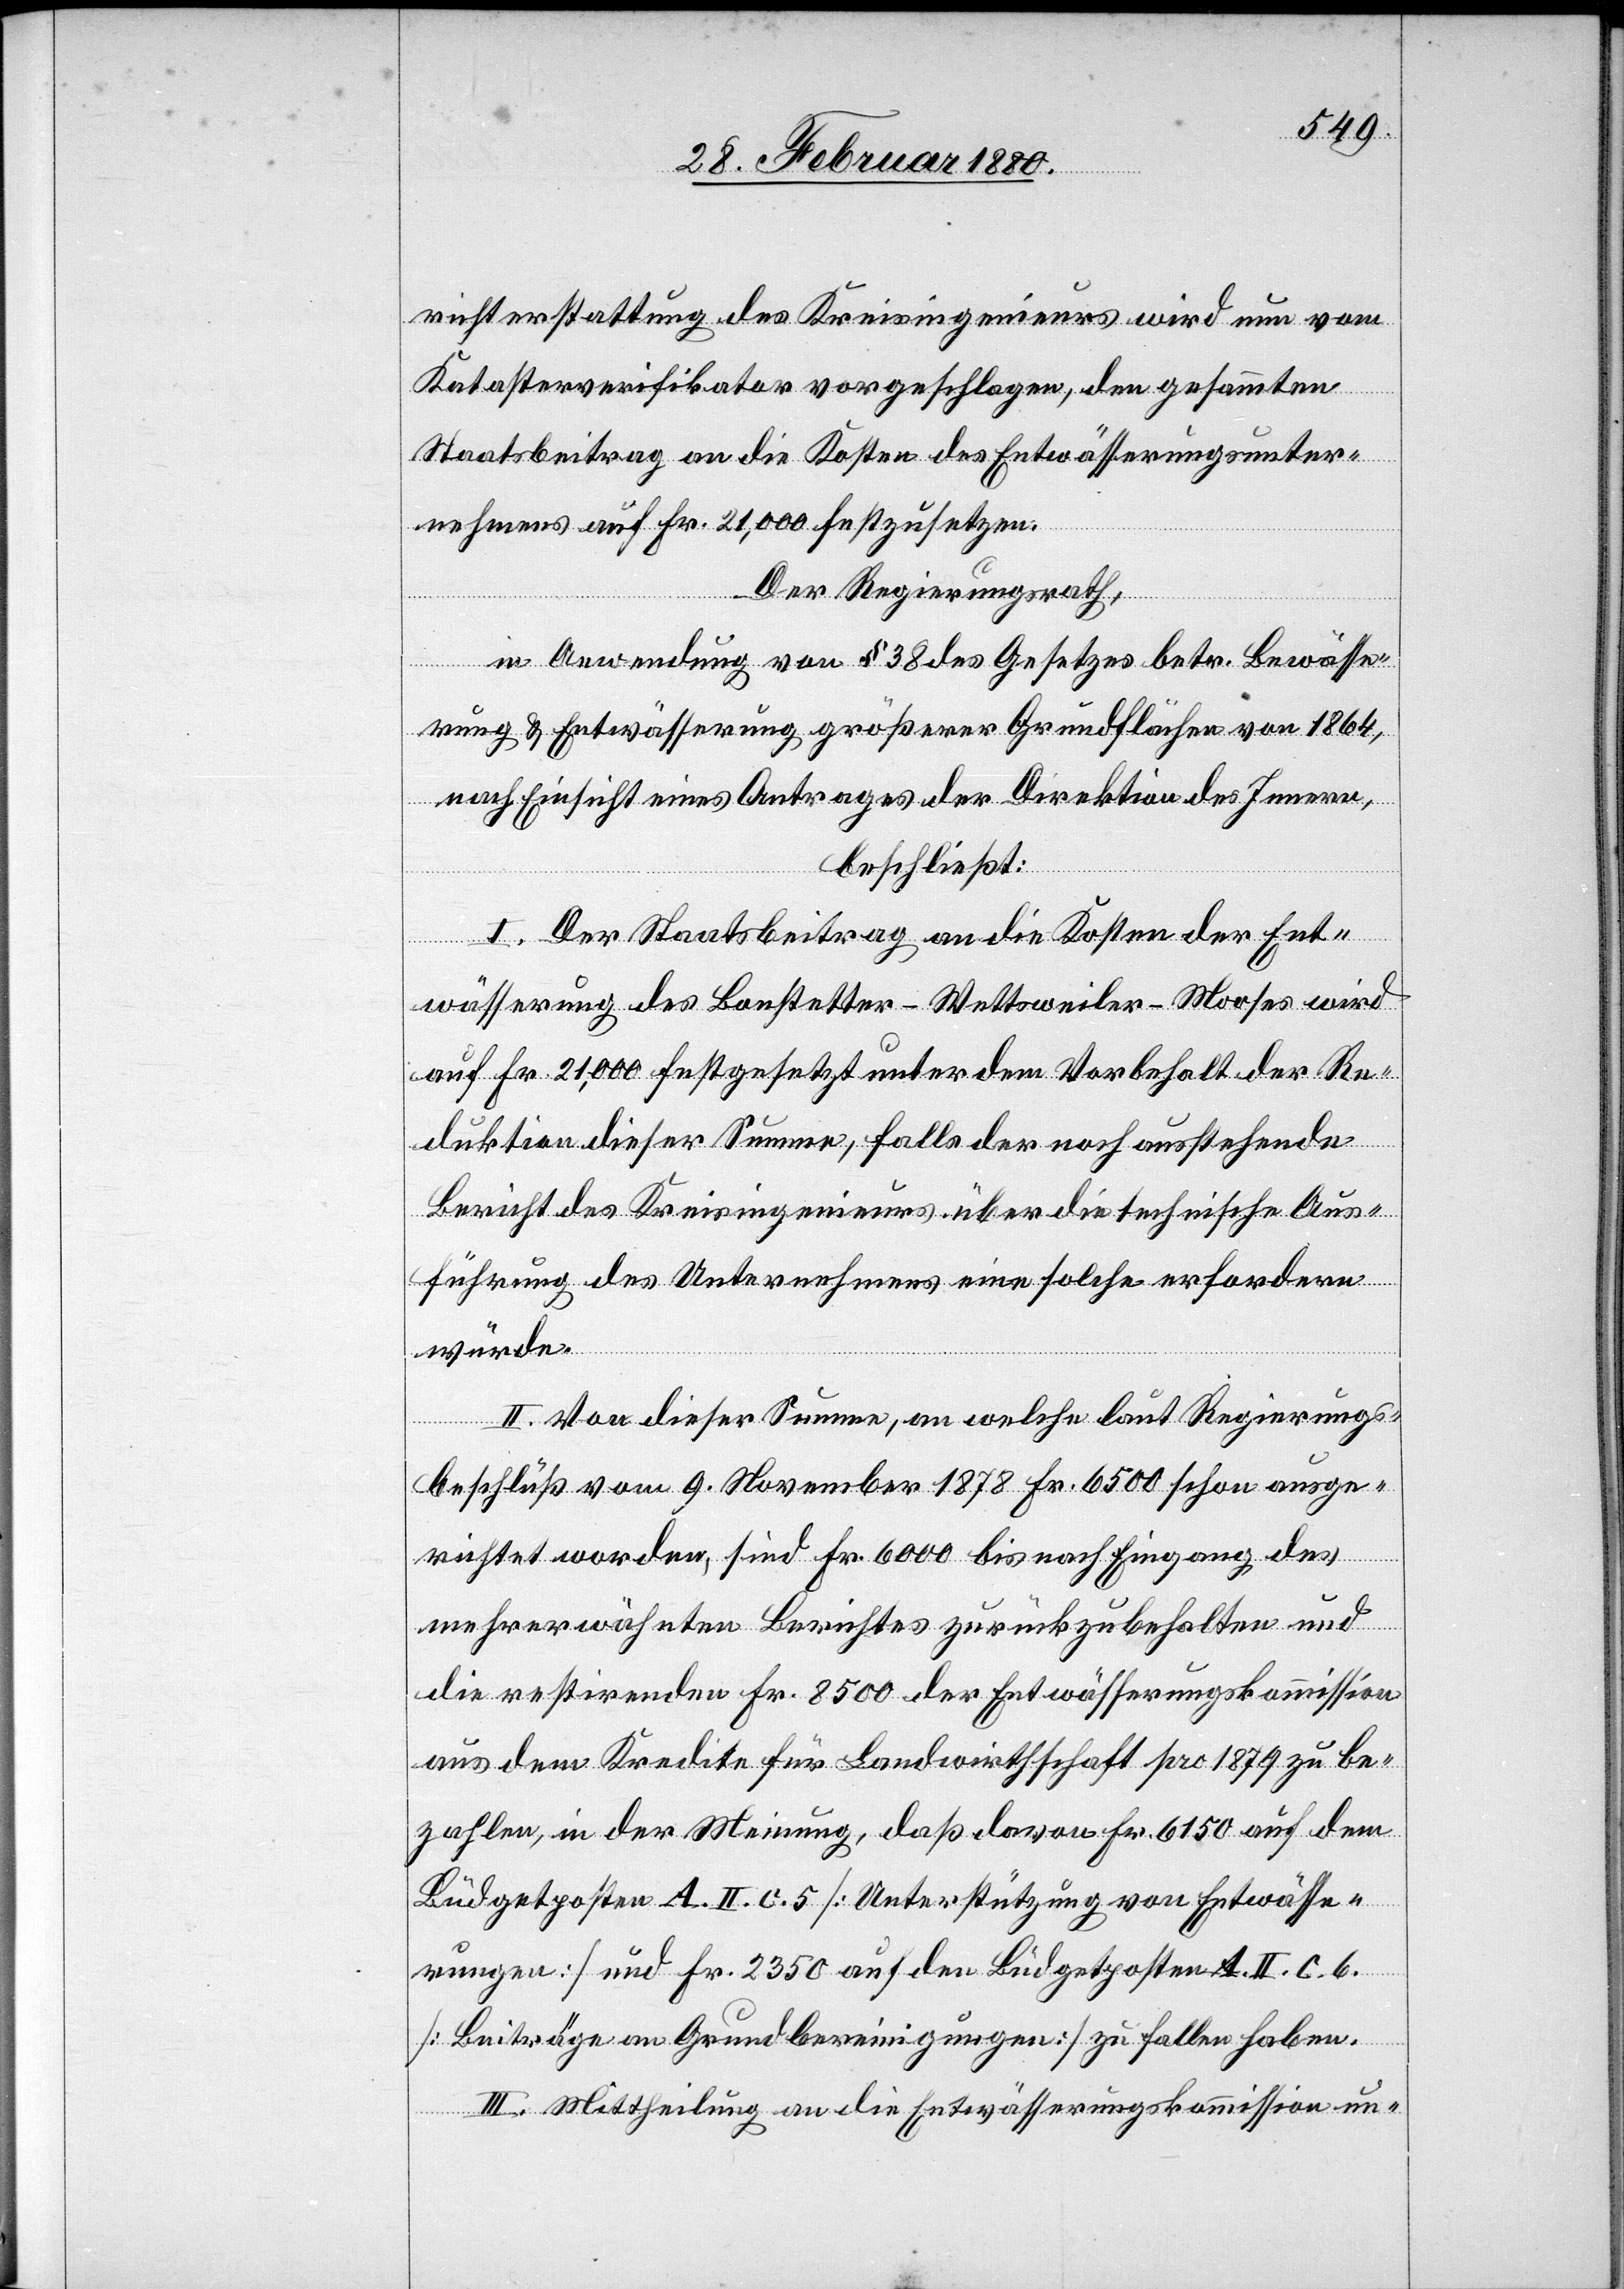
richterstattung des Kreisingenieurs wird nun vom
Katasterverifikator vorgeschlagen, den gesammten
Staatsbeitrag an die Kosten des Entwässerungsunter¬
nehmens auf Fr. 21, 000 festzusetzen.
Der Regierungsrath,
in Anwendung von § 38 des Gesetzes betr. Bewässe¬
rung & Entwässerung größerer Grundflächen von 1864,
nach Einsicht eines Antrages der Direktion des Innern,
beschließt:
I. Der Staatsbeitrag an die Kosten der Ent¬
wässerung des Bonstetter-Wettsweiler-Mooses wird
auf Fr. 21, 000 festgesetzt unter dem Vorbehalt der Re¬
duktion dieser Summe, falls der noch ausstehende
Bericht des Kreisingenieurs über die technische Aus¬
führung des Unternehmens eine solche erfordern
würde.
II. Von dieser Summe, an welche laut Regierungs¬
beschluß vom 9. November 1878 Fr. 6500 schon ausge¬
richtet worden, sind Fr. 6000 bis nach Eingang des
mehrerwähnten Berichtes zurückzubehalten und
die restirenden Fr. 8500 der Entwässerungskommission
aus dem Kredite für Landwirthschaft pro 1879 zu be¬
zahlen, in der Meinung, daß davon Fr. 6150 auf dem
Büdgetposten A. II. c. 5 [Unterstützung von Entwässe¬
rungen] und Fr. 2350 auf den Büdgetposten A. II. c. 6.
[Beiträge an Grundbereinigungen] zu fallen haben.
III. Mittheilung an die Entwässerungskommission un-